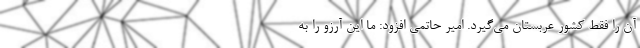
آن را فقط کشور عربستان می‌گیرد. امیر حاتمی افزود: ما این آرزو را به